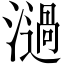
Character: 濄